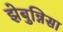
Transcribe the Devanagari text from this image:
झेबुन्निसा